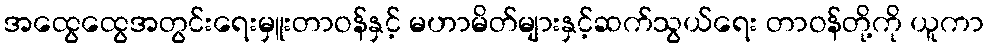
အထွေထွေအတွင်းရေးမှူးတာဝန်နှင့် မဟာမိတ်များနှင့်ဆက်သွယ်ရေး တာဝန်တို့ကို ယူကာ